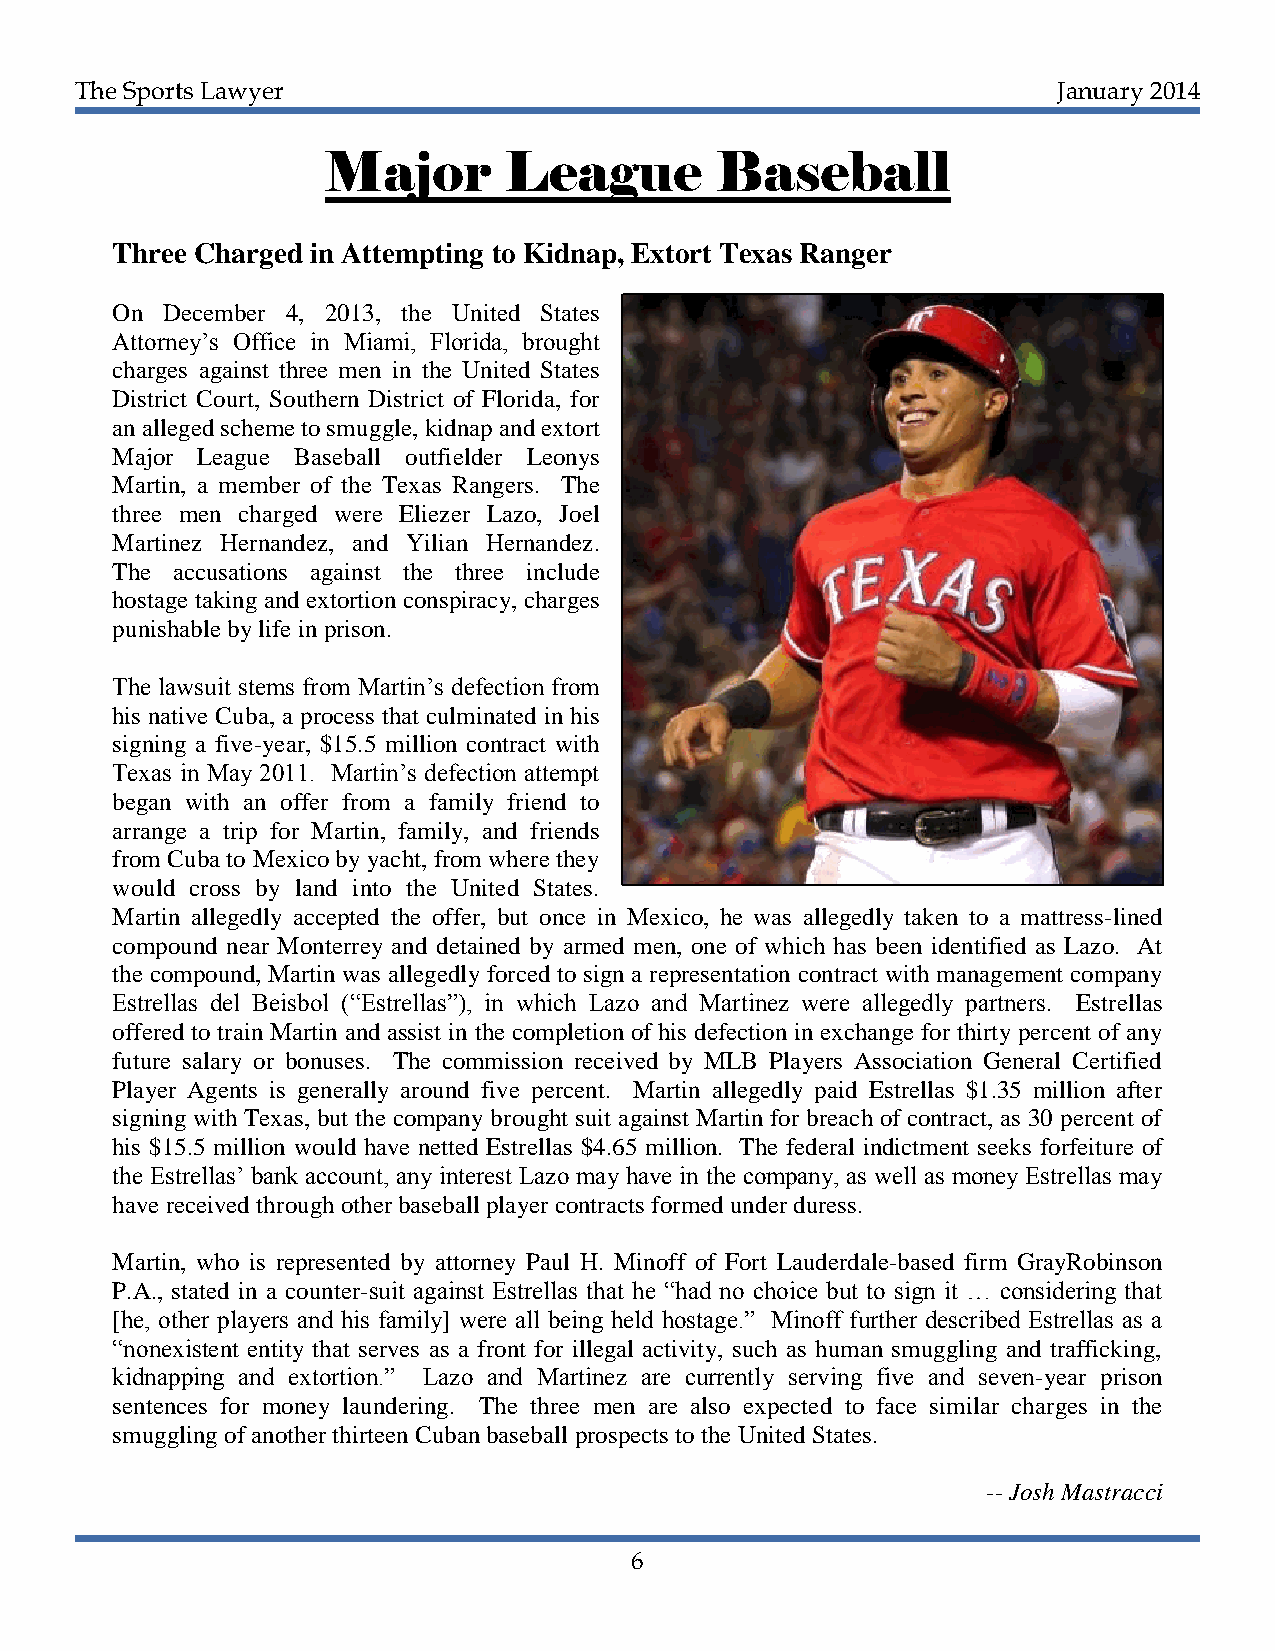
The Sports Lawyer                                                January 2014
 Major      League        Baseball
 Three Charged in Attempting to Kidnap, Extort Texas Ranger
 On  December 4, 2013, the United States
 Attorney’s Office in Miami, Florida, brought
 charges against three men in the United States
 District Court, Southern District of Florida, for
 an alleged scheme to smuggle, kidnap and extort
 Major League Baseball outfielder Leonys
 Martin, a member of the Texas Rangers. The
 three men charged were Eliezer Lazo, Joel
 Martinez Hernandez, and Yilian Hernandez.
 The accusations against the three include
 hostage taking and extortion conspiracy, charges
 punishable by life in prison.
 The lawsuit stems from Martin’s defection from
 his native Cuba, a process that culminated in his
 signing a five-year, $15.5 million contract with
 Texas in May 2011. Martin’s defection attempt
 began with an offer from a family friend to
 arrange a trip for Martin, family, and friends
 from Cuba to Mexico by yacht, from where they
 would cross by land into the United States.
 Martin allegedly accepted the offer, but once in Mexico, he was allegedly taken to a mattress-lined
 compound near Monterrey and detained by armed men, one of which has been identified as Lazo. At
 the compound, Martin was allegedly forced to sign a representation contract with management company
 Estrellas del Beisbol (“Estrellas”), in which Lazo and Martinez were allegedly partners. Estrellas
 offered to train Martin and assist in the completion of his defection in exchange for thirty percent of any
 future salary or bonuses. The commission received by MLB Players Association General Certified
 Player Agents is generally around five percent. Martin allegedly paid Estrellas $1.35 million after
 signing with Texas, but the company brought suit against Martin for breach of contract, as 30 percent of
 his $15.5 million would have netted Estrellas $4.65 million. The federal indictment seeks forfeiture of
 the Estrellas’ bank account, any interest Lazo may have in the company, as well as money Estrellas may
 have received through other baseball player contracts formed under duress.
 Martin, who is represented by attorney Paul H. Minoff of Fort Lauderdale-based firm GrayRobinson
 P.A., stated in a counter-suit against Estrellas that he “had no choice but to sign it … considering that
 [he, other players and his family] were all being held hostage.” Minoff further described Estrellas as a
 “nonexistent entity that serves as a front for illegal activity, such as human smuggling and trafficking,
 kidnapping and extortion.” Lazo and Martinez are currently serving five and seven-year prison
 sentences for money laundering. The three men are also expected to face similar charges in the
 smuggling of another thirteen Cuban baseball prospects to the United States.
 -- Josh Mastracci
 6